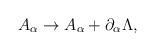
LaTeX: \begin{align*}A_{\alpha}\rightarrow A_{\alpha} +\partial _{\alpha}\Lambda,\end{align*}